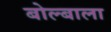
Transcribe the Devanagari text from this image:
बोल्बाला